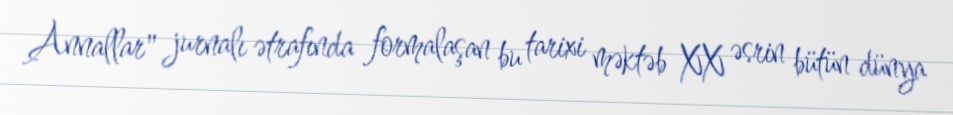
Annallar" jurnalı ətrafında formalaşan bu tarixi məktəb XX əsrin bütün dünya